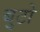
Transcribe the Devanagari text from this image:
बुटो